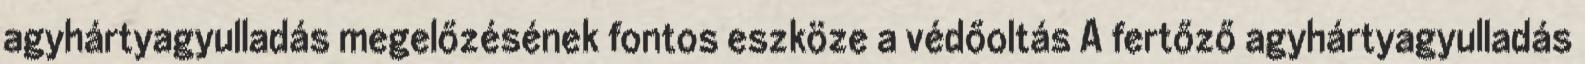
agyhártyagyulladás megelőzésének fontos eszköze a védőoltás A fertőző agyhártyagyulladás